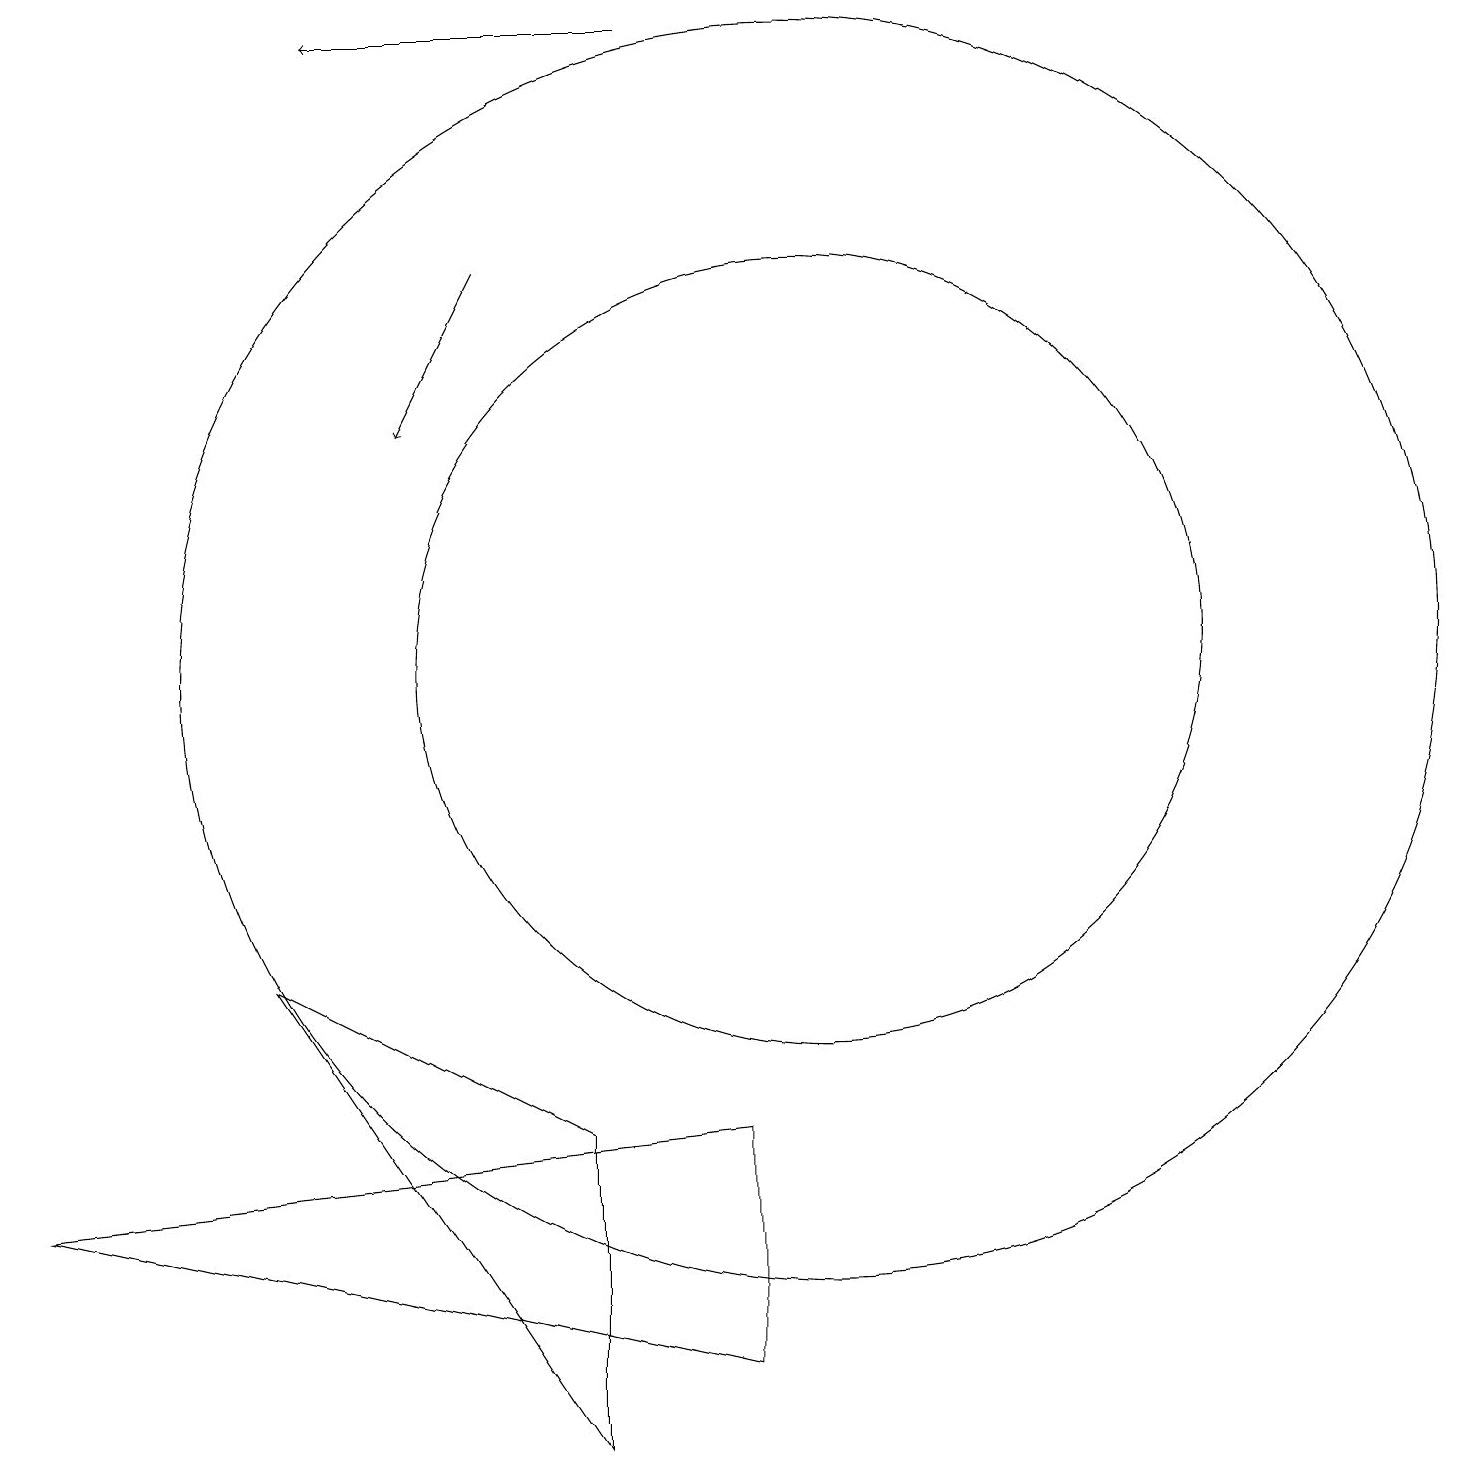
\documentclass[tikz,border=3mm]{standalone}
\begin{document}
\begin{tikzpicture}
\draw (10,11) circle (5);
\draw[->] (6,16) -- (5,14);
\draw[->] (8,19) -- (4,19);
\draw (0,4) -- (9,5) -- (9,2) -- cycle;
\draw (7,5) -- (7,1) -- (3,7) -- cycle;
\draw (10,11) circle (8);
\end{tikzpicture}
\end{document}